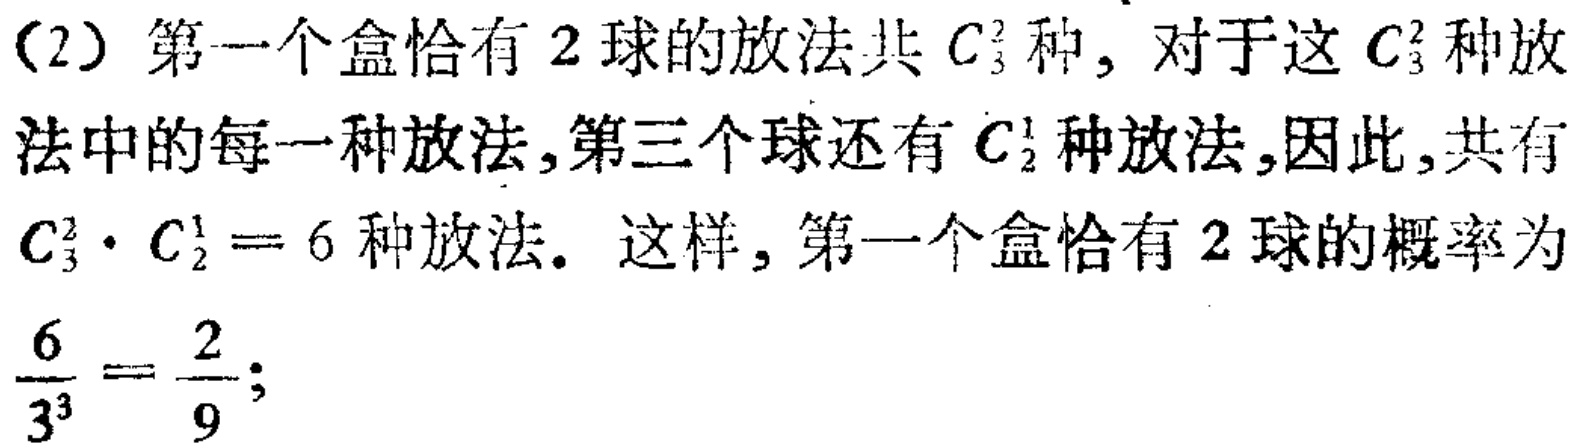
(2) 第一个盒恰有 \(2\) 球的放法共 \(C_{3}^{2}\) 种, 对于这 \(C_{3}^{2}\) 种放法中的每一种放法,第三个球还有 \(C_{2}^{1}\) 种放法,因此,共有 \(C_{3}^{2}\cdot C_{2}^{1}=6\) 种放法. 这样, 第一个盒恰有 \(2\) 球的概率为 \(\frac{6}{3^{3}}=\frac{2}{9};\)